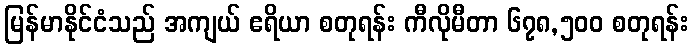
မြန်မာနိုင်ငံသည် အကျယ် ဧရိယာ စတုရန်း ကီလိုမီတာ ၆၇၈,၅၀၀ စတုရန်း